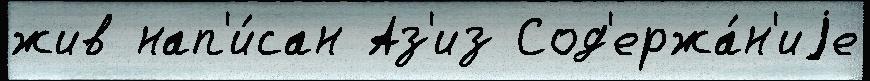
жив нап'и́сан Аз'из Сод'ержа́н'иjе